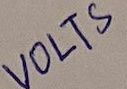
Text: VOLTS